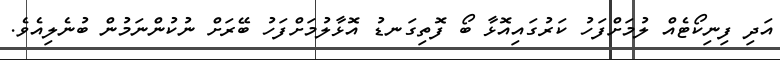
އަދި ފިނިކޯޓެއް ލުމަށްފަހު ކަރުގައިއޮޅާ ބޯ ފޮތިގަނޑު އޮޅާލުމަށްފަހު ބޭރަށް ނުކުންނަމުން ބުނެލިއެވެ.